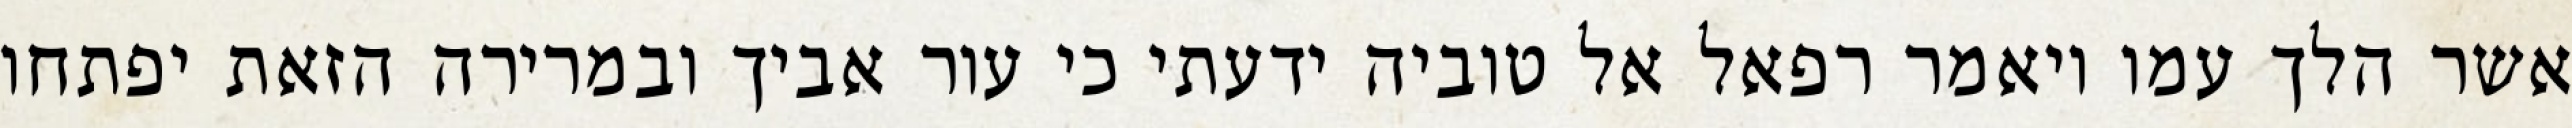
אשר הלך עמו ויאמר רפאל אל טוביה ידעתי כי עור אביך ובמרירה הזאת יפתחו